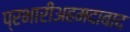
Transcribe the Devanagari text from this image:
प्रभारीअहमदाबाद